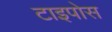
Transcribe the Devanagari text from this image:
टाइपोस